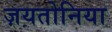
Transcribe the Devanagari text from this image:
ज़यतोनिया